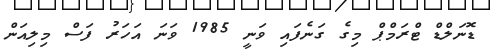
ޑޮނަލްޑް ޓްރަމްޕް މިގެ ގަނެފައި ވަނީ 1985 ވަނަ އަހަރު ފަސް މިލިއަން